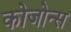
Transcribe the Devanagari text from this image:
कोजोन्स